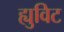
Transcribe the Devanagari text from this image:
ह्युविट